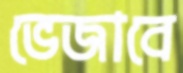
ভেজাবে